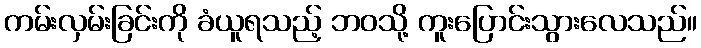
ကမ်းလှမ်းခြင်းကို ခံယူရသည့် ဘဝသို့ ကူးပြောင်းသွားလေသည်။